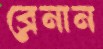
ব্রেনান